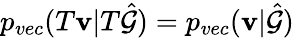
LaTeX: p_{vec}(T\mathbf{v}|T\hat{\mathcal{G}})=p_{vec}(\mathbf{v}|\hat{\mathcal{G}})